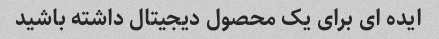
ایده ای برای یک محصول دیجیتال داشته باشید